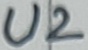
Text: U2